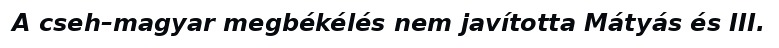
A cseh–magyar megbékélés nem javította Mátyás és III.